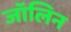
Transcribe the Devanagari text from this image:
जॉलिन